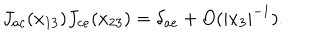
LaTeX: J _ { a c } ( x _ { 1 3 } ) J _ { c e } ( x _ { 2 3 } ) = \delta _ { a e } + O ( | x _ { 3 } | ^ { - 1 } ) .